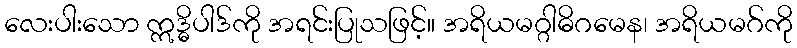
လေးပါးသော ဣဒ္ဓိပါဒ်ကို အရင်းပြုသဖြင့်။ အရိယမဂ္ဂါဓိဂမေန၊ အရိယမဂ်ကို